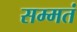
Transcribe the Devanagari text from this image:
सम्मतं